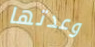
وعدتها